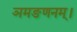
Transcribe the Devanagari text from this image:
ञमङणनम्।